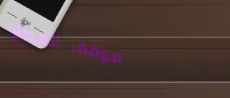
موقف المطار